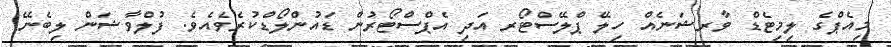
މިއެޕްގެ ލިމިޓެޑް ވާރޝަނެއް ހިލޭ ޕްލޭސްޓޯރ އަދި އެޕްސްޓޯރުން ޑައުންލޯޑްކުރެވެއެވެ. ފުލްވާޝަން ލިބެނޭ